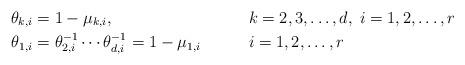
LaTeX: \begin{align*}\theta_{k,i} &= 1 - \mu_{k,i}, &&k=2,3,\ldots,d, \; i=1,2,\ldots,r \\\theta_{1,i} &= \theta_{2,i}^{-1} \cdots \theta_{d,i}^{-1} = 1 - \mu_{1,i} &&i=1,2,\ldots,r\end{align*}